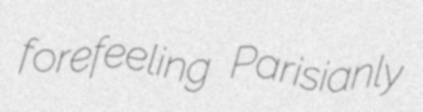
forefeeling Parisianly